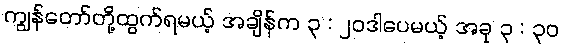
ကျွန်တော်တို့ထွက်ရမယ့် အချိန်က ၃ : ၂၀ဒါပေမယ့် အခု ၃ : ၃၀